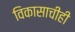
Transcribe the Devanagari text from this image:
विकासाचीही